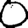
Digit: 0